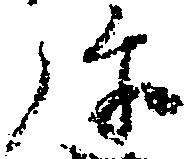
弥